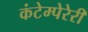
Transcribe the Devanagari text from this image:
कंटेम्पेरेरी